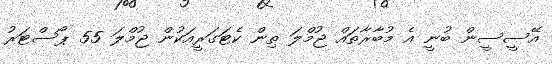
އޭސީސީން ބުނީ އެ މުބާރާތައް ޖުމްލަ ތިން ކެޓަގަރީއަކުން ޖުމްލަ 55 ޕޯސްޓަރު